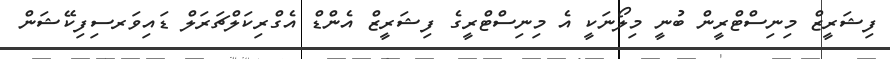
ފިޝަރީޒް މިނިސްޓްރީން ބުނީ މިލޯނަކީ އެ މިނިސްޓްރީގެ ފިޝަރީޒް އެންޑް އެގްރިކަލްޗަރަލް ޑައިވަރސިފިކޭޝަން